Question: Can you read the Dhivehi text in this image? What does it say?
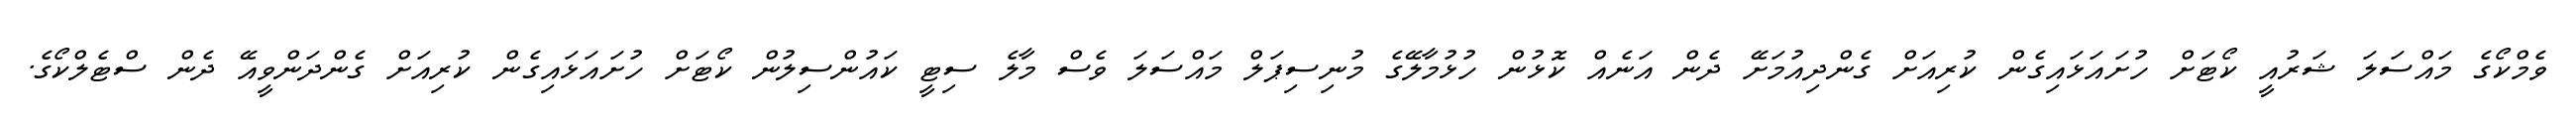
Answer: ވެމްކޯގެ މައްސަލަ ޝަރުއީ ކޯޓަށް ހުށައަޅައިގެން ކުރިއަށް ގެންދިއުމަށޭ ދެން އަނެއް ކޮޅުން ހުޅުމާލޭގެ މުނިސިޕަލް މައްސަލަ ވެސް މާލެ ސިޓީ ކައުންސިލުން ކޯޓަށް ހުށައަޅައިގެން ކުރިއަށް ގެންދަންވީއޭ ދެން ސްޓެލްކޯގެ.